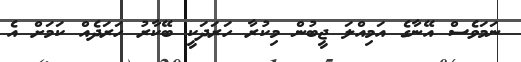
ނަމަވެސް އޭނާގެ އަމިއްލަ ޖީބުން މިކުރާ ހަރަދަކީ ބޭކާރު ހަރަދެއް ކަމަށް އެ